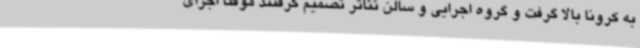
به کرونا بالا گرفت و گروه اجرایی و سالن تئاتر تصمیم گرفتند موقتا اجرای